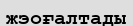
жэоғалтады